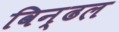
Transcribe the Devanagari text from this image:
विन्ढल